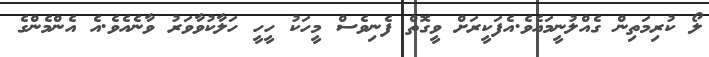
ލޯ ކުރިމަތިން ގެއްލުނީމައެވެ.އެފަކީރަށް ވީގޮތް ފެނިވެސް މީހަކު ހީހީ ހަލާކުވާވަރު ވާނެއެވެ.އެ އެންމެންގެ